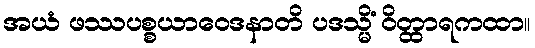
အယံ ဖဿပစ္စယာဝေဒနာတိ ပဒသ္မိံ ဝိတ္ထာရကထာ။